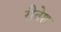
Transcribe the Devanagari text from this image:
रीतेश